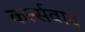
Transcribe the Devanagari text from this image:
कर्ल्सवाद